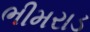
ભીમરાડ